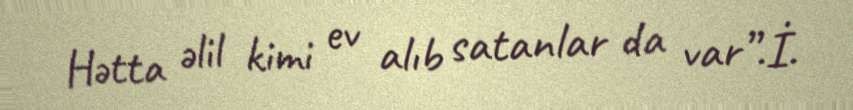
Hətta əlil kimi ev alıb satanlar da var”.İ.